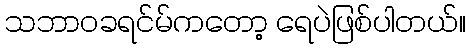
သဘာဝခရင်မ်ကတော့ ရေပဲဖြစ်ပါတယ်။